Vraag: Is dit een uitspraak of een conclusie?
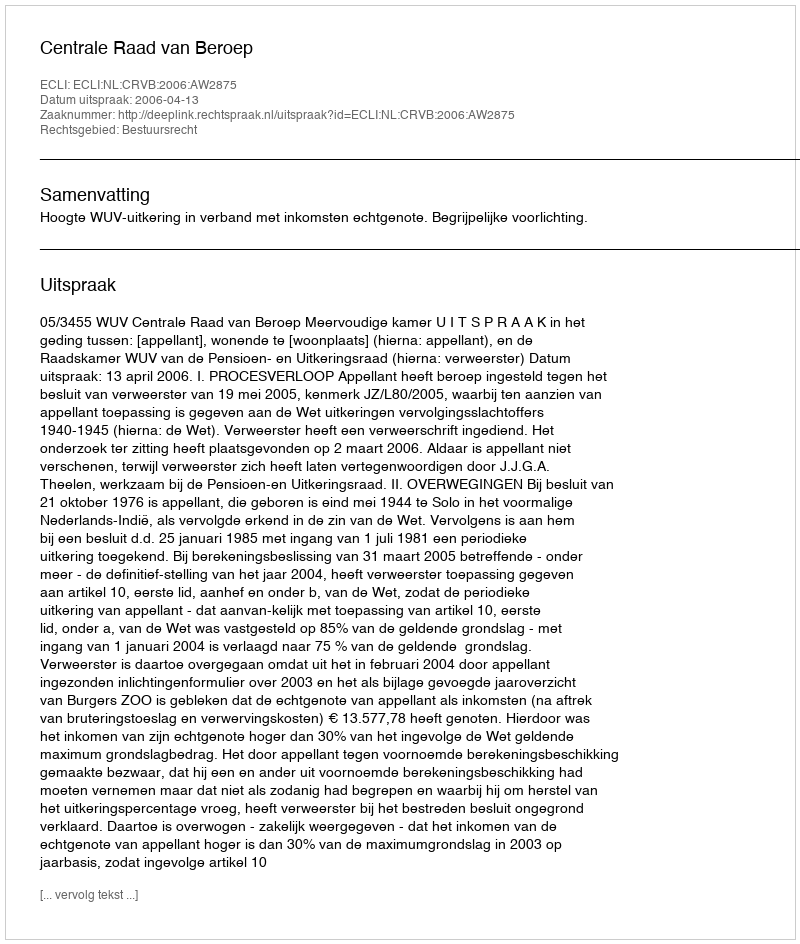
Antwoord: Uitspraak